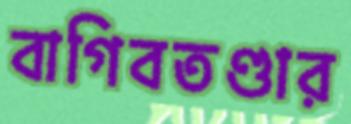
বাগিবতণ্ডার